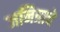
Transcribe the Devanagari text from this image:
जनित्राचे